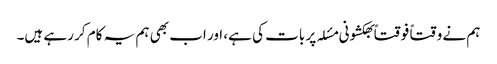
ہم نے وقتاً فوقتاً بھکشونی مسٔلہ پر بات کی ہے، اور اب بھی ہم یہ کام کر رہے ہیں۔